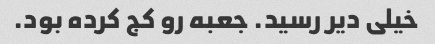
خیلی دیر رسید. جعبه رو کج کرده بود.